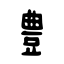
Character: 豊